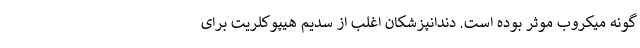
گونه میکروب موثر بوده است. دندانپزشکان اغلب از سدیم هیپوکلریت برای